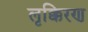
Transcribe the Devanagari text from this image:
लृक्किरण